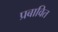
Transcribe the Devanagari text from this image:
प्रबावित